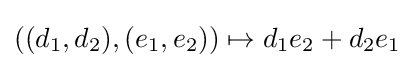
((d_{1},d_{2}),(e_{1},e_{2}))\mapsto d_{1}e_{2}+d_{2}e_{1}